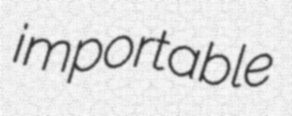
importable